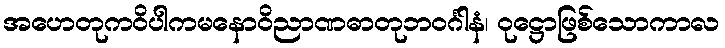
အဟေတုကဝိပါကမနောဝိညာဏဓာတုဘဝင်္ဂါနံ၊ ဝုဋ္ဌောဖြစ်သောကာလ